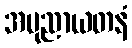
အပုညာယတနံ